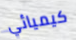
كيميائي